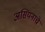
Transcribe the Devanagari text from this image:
असियनाचे